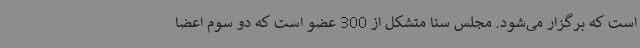
است که برگزار می‌شود. مجلس سنا متشکل از 300 عضو است که دو سوم اعضا